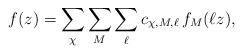
LaTeX: \begin{align*} f(z)= \sum_\chi \sum_M \sum_\ell c_{\chi,M,\ell} \, f_{M}(\ell z),\end{align*}